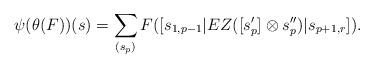
LaTeX: \begin{align*} \psi (\theta(F) )(s)= \sum_{(s_p)} F( [s_{1,p-1} | EZ( [s_{p}'] \otimes s_p'') | s_{p+1,r}]).\end{align*}